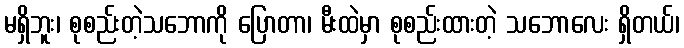
မရှိဘူး၊ စုစည်းတဲ့သဘောကို ပြောတာ၊ မီးထဲမှာ စုစည်းထားတဲ့ သဘောလေး ရှိတယ်၊